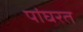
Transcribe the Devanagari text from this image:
पांघरत